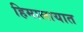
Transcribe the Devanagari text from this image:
हिमालायात